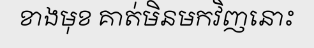
ខាងមុខ គាត់មិនមកវិញនោះ